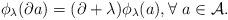
LaTeX: \begin{align*}\phi_{\lambda}(\partial a)= (\partial+ \lambda)\phi_{\lambda}(a), \forall \ a\in\mathcal{A}.\end{align*}